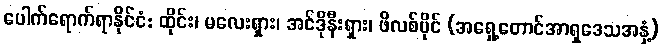
ပေါက်ရောက်ရာနိုင်ငံ: ထိုင်း၊ မလေးရှား၊ အင်ဒိုနီးရှား၊ ဖိလစ်ပိုင် (အရှေ့တောင်အာရှဒေသအနှံ့)